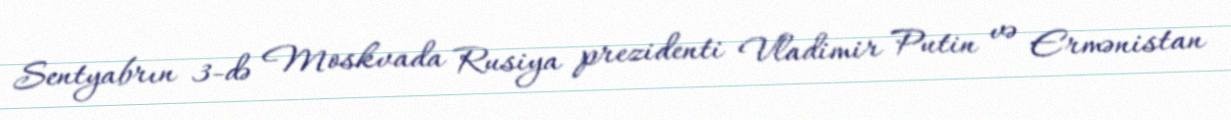
Sentyabrın 3-də Moskvada Rusiya prezidenti Vladimir Putin və Ermənistan